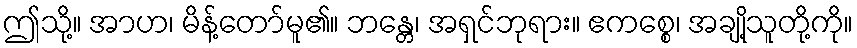
ဤသို့။ အာဟ၊ မိန့်တော်မူ၏။ ဘန္တေ၊ အရှင်ဘုရား။ ဧကစ္စေ၊ အချို့သူတို့ကို။